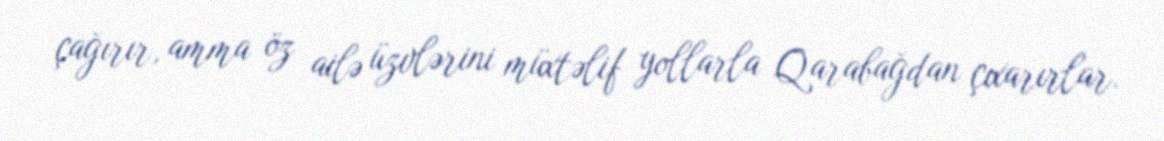
çağırır, amma öz ailə üzvlərini müxtəlif yollarla Qarabağdan çıxarırlar.